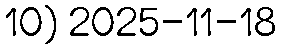
10) 2025-11-18